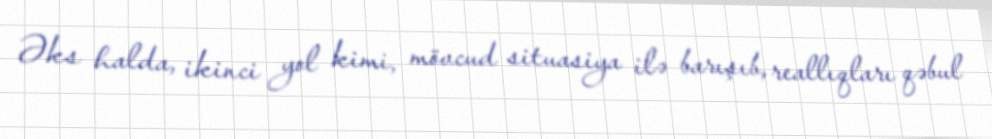
Əks halda, ikinci yol kimi, mövcud situasiya ilə barışıb, reallıqları qəbul